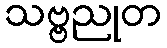
သဗ္ဗညုတ